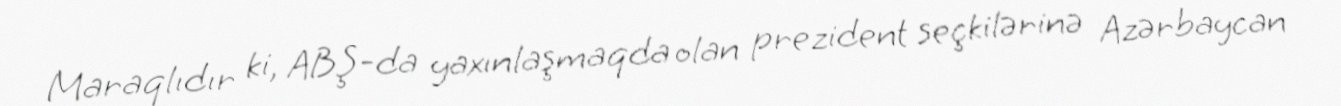
Maraqlıdır ki, ABŞ-da yaxınlaşmaqda olan prezident seçkilərinə Azərbaycan